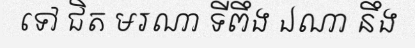
ទៅ ជិត មរណា ទីពឹង ឯណា នឹង